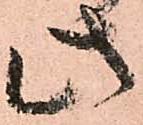
此